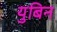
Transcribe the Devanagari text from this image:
युबिन